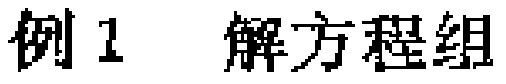
例1 解方程组